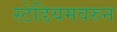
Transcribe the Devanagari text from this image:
स्टेडियमवरुन